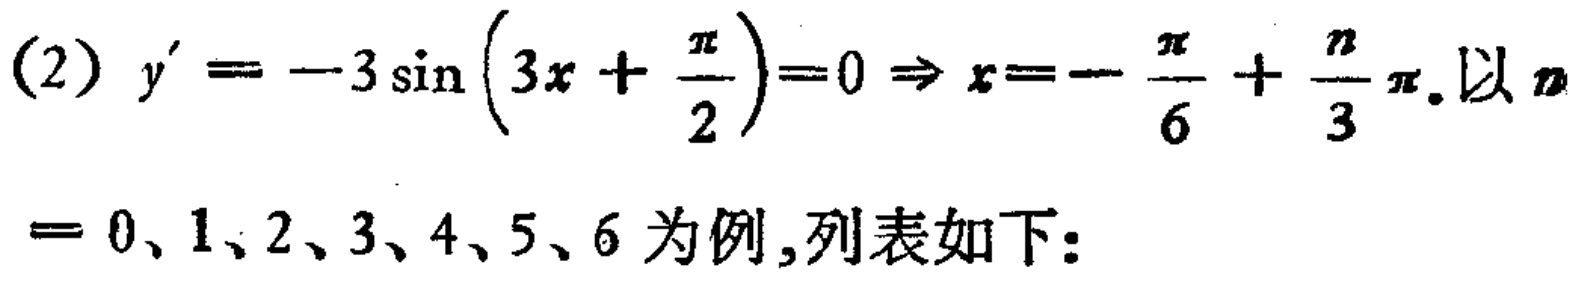
(2) \(y^{\prime}=-3\sin\left(3x + \frac{\pi}{2}\right)=0\Rightarrow x=-\frac{\pi}{6}+\frac{n}{3}\pi\). 以 \(n\)
\(= 0、1、2、3、4、5、6\) 为例,列表如下: